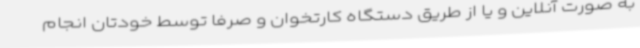
به صورت آنلاین و یا از طریق دستگاه کارتخوان و صرفا توسط خودتان انجام